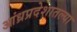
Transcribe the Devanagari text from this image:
आंध्रप्रदेशातल्या